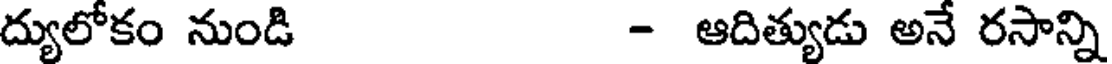
ద్యులోకం నుండి - ఆదిత్యుడు అనే రసాన్ని